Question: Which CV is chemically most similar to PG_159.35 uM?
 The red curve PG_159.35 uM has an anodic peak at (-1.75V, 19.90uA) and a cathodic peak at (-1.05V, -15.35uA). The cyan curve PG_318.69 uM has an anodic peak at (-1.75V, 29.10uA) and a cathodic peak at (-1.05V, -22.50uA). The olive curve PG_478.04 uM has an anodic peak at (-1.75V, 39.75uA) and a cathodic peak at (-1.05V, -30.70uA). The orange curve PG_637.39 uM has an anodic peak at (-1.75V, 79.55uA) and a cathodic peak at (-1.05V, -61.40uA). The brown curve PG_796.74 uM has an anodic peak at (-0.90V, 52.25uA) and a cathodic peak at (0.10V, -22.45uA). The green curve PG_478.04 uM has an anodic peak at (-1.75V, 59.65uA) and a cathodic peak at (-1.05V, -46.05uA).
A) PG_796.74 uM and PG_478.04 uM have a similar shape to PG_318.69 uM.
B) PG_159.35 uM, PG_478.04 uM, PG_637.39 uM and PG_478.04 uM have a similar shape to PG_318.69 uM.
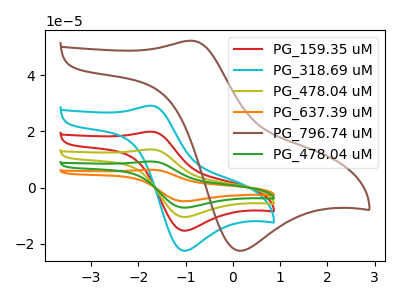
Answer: <think>All the peaks in "PG_159.35 uM" have a peak in "PG_318.69 uM" at the same potential. Every peak in "PG_159.35 uM" is lower than every peak in "PG_318.69 uM". All the peaks in "PG_159.35 uM" have a peak in "PG_478.04 uM" at the same potential. Every peak in "PG_159.35 uM" is lower than every peak in "PG_478.04 uM". All the peaks in "PG_159.35 uM" have a peak in "PG_637.39 uM" at the same potential. Every peak in "PG_159.35 uM" is lower than every peak in "PG_637.39 uM". "PG_159.35 uM" and "PG_796.74 uM" have at least one peak that do not match. All the peaks in "PG_159.35 uM" have a peak in "PG_478.04 uM" at the same potential. Every peak in "PG_159.35 uM" is lower than every peak in "PG_478.04 uM". All the peaks in "PG_318.69 uM" have a peak in "PG_478.04 uM" at the same potential. Every peak in "PG_318.69 uM" is lower than every peak in "PG_478.04 uM". All the peaks in "PG_318.69 uM" have a peak in "PG_637.39 uM" at the same potential. Every peak in "PG_318.69 uM" is lower than every peak in "PG_637.39 uM". "PG_318.69 uM" and "PG_796.74 uM" have at least one peak that do not match. All the peaks in "PG_318.69 uM" have a peak in "PG_478.04 uM" at the same potential. Every peak in "PG_318.69 uM" is lower than every peak in "PG_478.04 uM". All the peaks in "PG_478.04 uM" have a peak in "PG_637.39 uM" at the same potential. Every peak in "PG_478.04 uM" is lower than every peak in "PG_637.39 uM". "PG_478.04 uM" and "PG_796.74 uM" have at least one peak that do not match. All the peaks in "PG_478.04 uM" have a peak in "PG_478.04 uM" at the same potential. Every peak in "PG_478.04 uM" is lower than every peak in "PG_478.04 uM". "PG_637.39 uM" and "PG_796.74 uM" have at least one peak that do not match. All the peaks in "PG_637.39 uM" have a peak in "PG_478.04 uM" at the same potential. Every peak in "PG_637.39 uM" is higher than every peak in "PG_478.04 uM". "PG_796.74 uM" and "PG_478.04 uM" have at least one peak that do not match.
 </think>
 <answer>B) "PG_159.35 uM", "PG_478.04 uM", "PG_637.39 uM" and "PG_478.04 uM" have a similar shape to "PG_318.69 uM".</answer>
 <eval>B</eval>